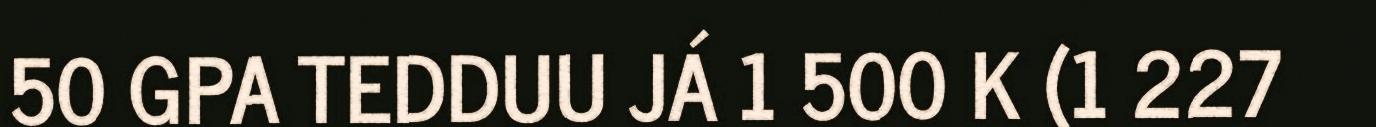
50 GPA TEDDUU JÁ 1 500 K (1 227